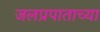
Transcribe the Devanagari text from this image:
जलप्रपाताच्या